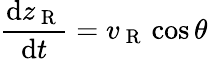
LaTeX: \frac{\mathrm{d}z_{\mathrm{~R~}}}{\mathrm{d}t}=v_{\mathrm{~R~}}\cos{\theta}